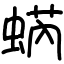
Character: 蜹